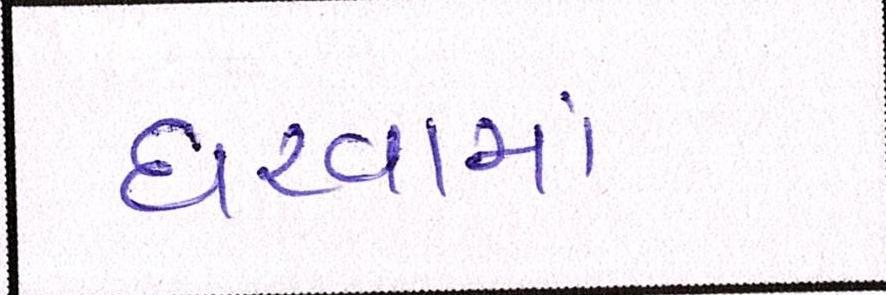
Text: ધરવામાં